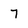
Character: 7